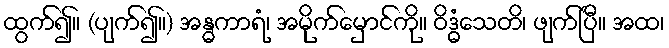
ထွက်၍။ (ပျက်၍။) အန္ဓကာရံ၊ အမိုက်မှောင်ကို။ ဝိဒ္ဓံသေတိ၊ ဖျက်ပြီ။ အထ၊